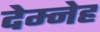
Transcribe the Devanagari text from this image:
देम्नेह